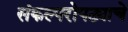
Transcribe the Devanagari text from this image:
संकल्परोपट्याचे